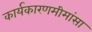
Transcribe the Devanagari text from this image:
कार्यकारणमीमांसा